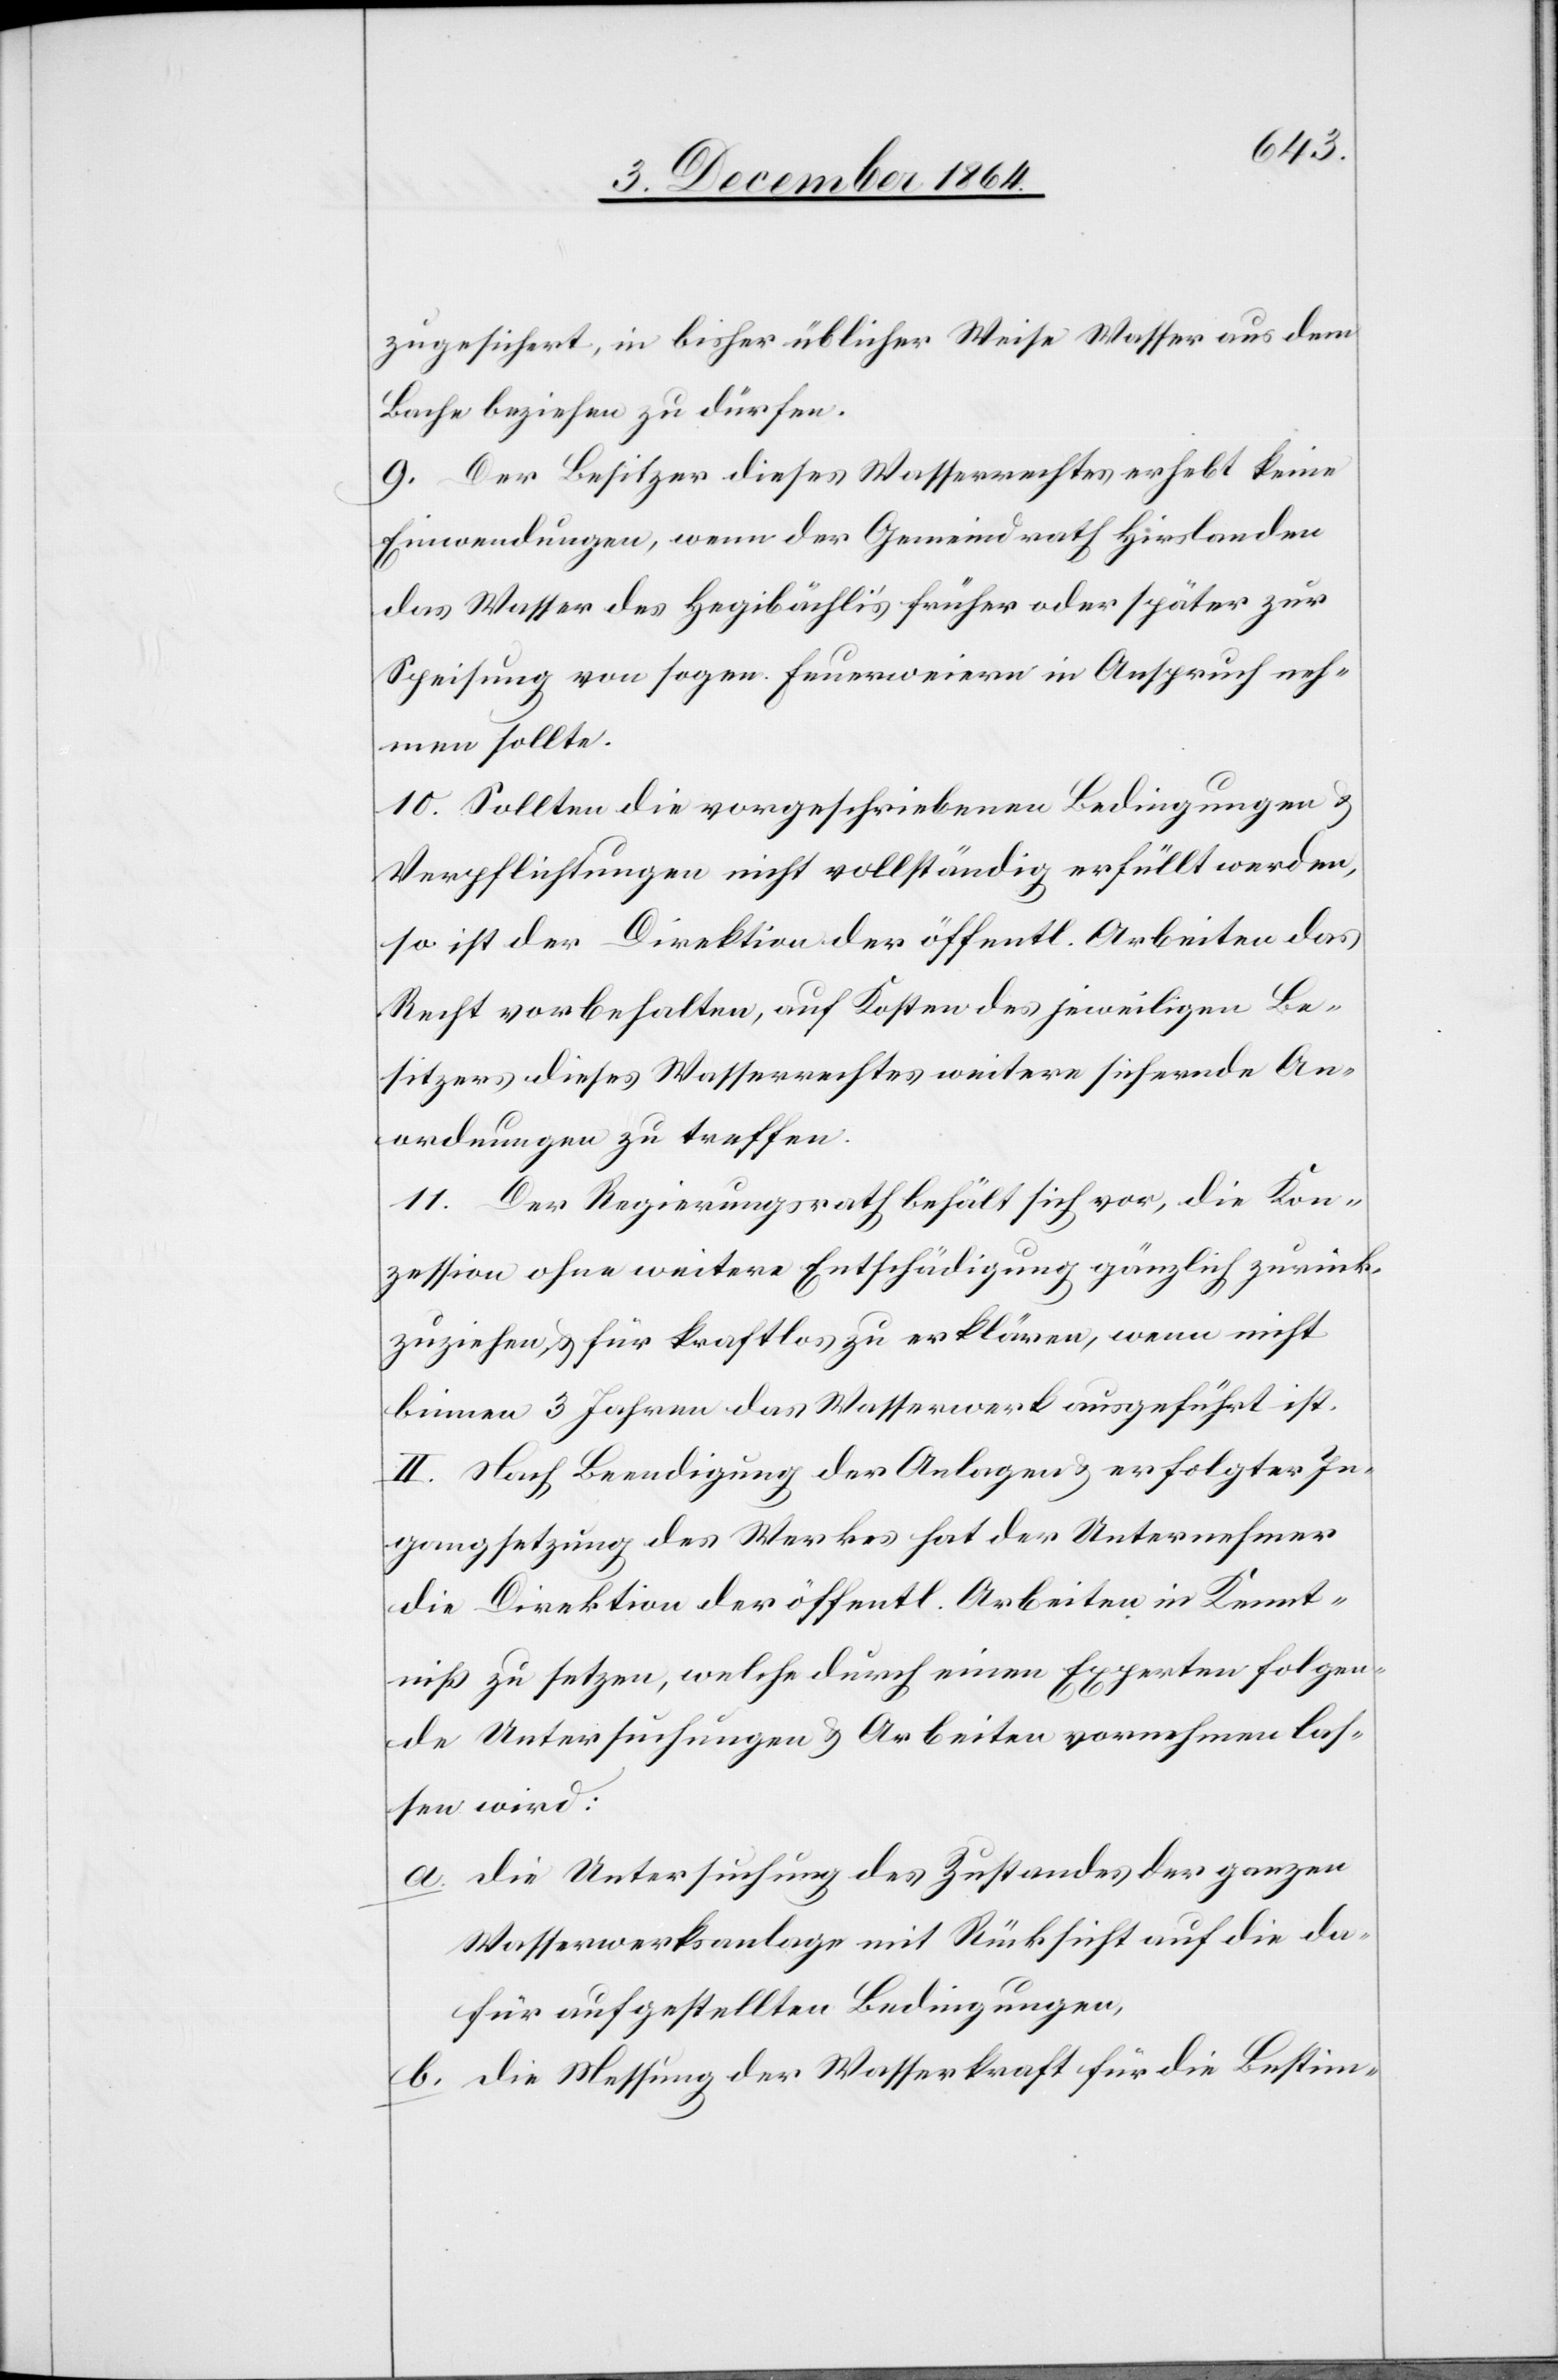
zugesichert, in bisher üblicher Weise Wasser aus dem
Bache beziehen zu dürfen.
9. Der Besitzer dieses Wasserrechtes erhebt keine
Einwendungen, wenn der Gemeindrath Hirslanden
das Wasser des Hegibächli’s früher oder später zur
Speisung von sogen. Feuerweiern in Anspruch neh¬
men sollte.
10. Sollten die vorgeschriebenen Bedingungen &
Verpflichtungen nicht vollständig erfüllt werden,
so ist der Direktion der öffentl. Arbeiten das
Recht vorbehalten, auf Kosten des jeweiligen Be¬
sitzers dieses Wasserrechtes weitere sichernde An¬
ordnungen zu treffen.
11. Der Regierungsrath behält sich vor, die Kon¬
zession ohne weitere Entschädigung gänzlich zurück¬
zuziehen & für kraftlos zu erklären, wenn nicht
binnen 3 Jahren das Wasserwerk ausgeführt ist.
II. Nach Beendigung der Anlagen & erfolgter In¬
gangsetzung des Werkes hat der Unternehmer
die Direktion der öffentl. Arbeiten in Kennt¬
niß zu setzen, welche durch einen Experten folgen¬
de Untersuchungen & Arbeiten vornehmen las¬
sen wird:
a. Die Untersuchung des Zustandes der ganzen
Wasserwerksanlage mit Rücksicht auf die da¬
für aufgestellten Bedingungen,
b. die Messung der Wasserkraft für die Bestim-